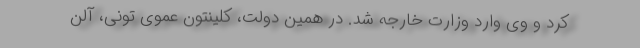
کرد و وی وارد وزارت خارجه شد. در همین دولت، کلینتون عموی تونی، آلن